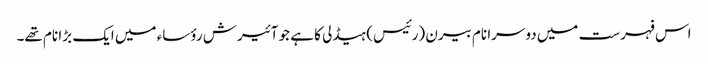
اس فہرست میں دوسرا نام بیرن (رئیس) ہیڈلی کا ہے جو آئیرش رؤساء میں ایک بڑا نام تھے۔